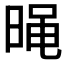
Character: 𣈣